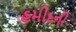
હમીદની